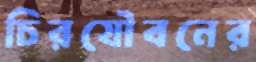
চিরযৌবনের